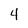
Character: 4